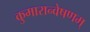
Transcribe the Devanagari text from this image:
कुमारान्वेषणम्